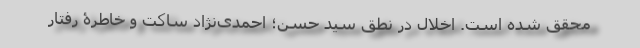
محقق شده است. اخلال در نطق سید حسن؛ احمدی‌نژادِ ساکت و خاطرۀ رفتار